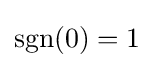
{\text{sgn}}(0)=1